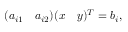
( a _ { i 1 } \quad a _ { i 2 } ) ( x \quad y ) ^ { T } = b _ { i } ,